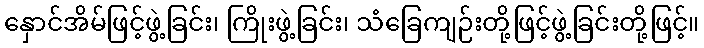
နှောင်အိမ်ဖြင့်ဖွဲ့ခြင်း၊ ကြိုးဖွဲ့ခြင်း၊ သံခြေကျဉ်းတို့ဖြင့်ဖွဲ့ခြင်းတို့ဖြင့်။